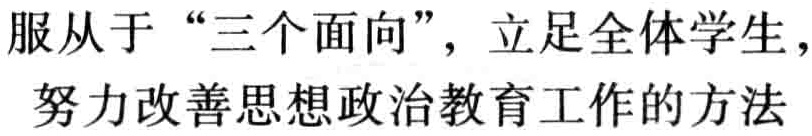
服从于 “三个面向”，立足全体学生，努力改善思想政治教育工作的方法